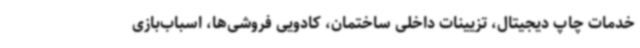
خدمات چاپ دیجیتال، تزیینات داخلی ساختمان، کادویی فروشی‌ها، اسباب‌بازی